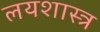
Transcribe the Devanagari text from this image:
लयशास्त्र